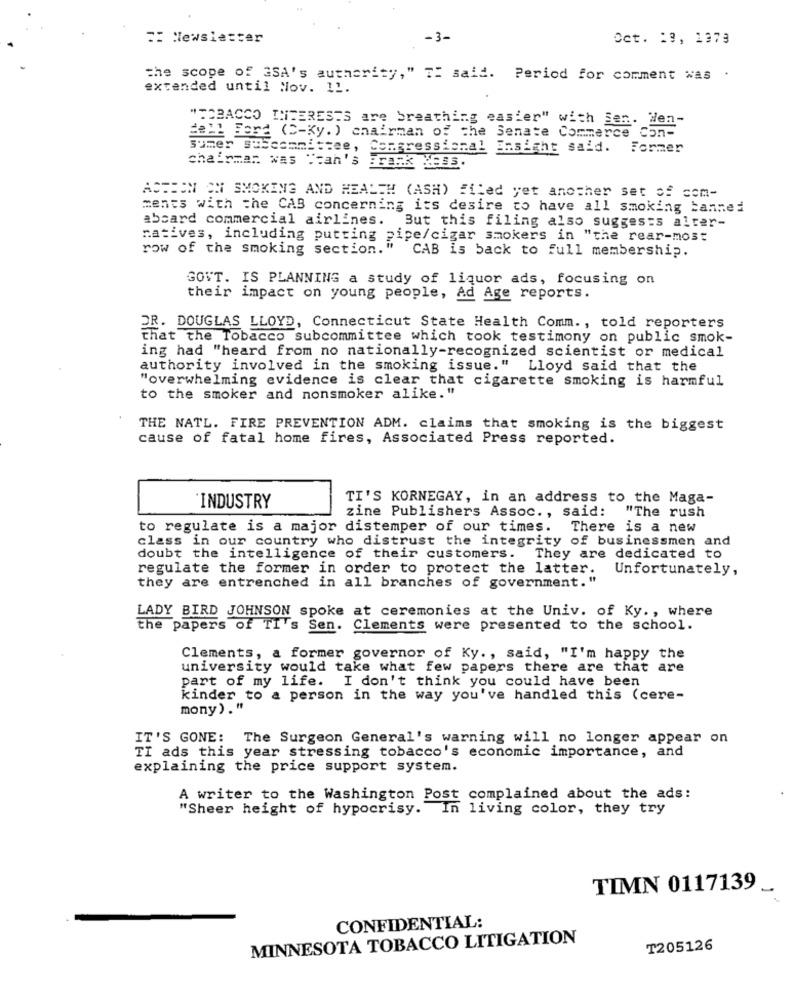
: Newsletter
-3-
Oct. : 3, 1373
the scope of 3SA's authority," TI said. Period for comment was .
extended until Nov. 11.
"TOBACCO INTERESTS are breathing easier" with Sen. den-
del! Berg (C-Ky. ) chairman of the Senate Commerce Con-
sumer subcommittee, Congressional insight said. Former
chairman was "can's
ACTION ON SMOKING AND HEALTH (ASH) filed yet another set of som-
ments with the CAB concerning its desire to have all smoking banned
aboard commercial airlines. But this filing also suggests alter-
natives, including putting pipe/cigar smokers in "the rear-most
row of the smoking section.
CAB is back to full membership.
GOVT. IS PLANNING a study of liquor ads, focusing on
their impact on young people, Ad Age reports.
DR. DOUGLAS LLOYD, Connecticut State Health Comm ., told reporters
that the Tobacco subcommittee which took testimony on public smok-
ing had "heard from no nationally-recognized scientist or medical
authority involved in the smoking issue." Lloyd said that the
"overwhelming evidence is clear that cigarette smoking is harmful
to the smoker and nonsmoker alike."
THE NATL. FIRE PREVENTION ADM. claims that smoking is the biggest
cause of fatal home fires, Associated Press reported.
TI'S KORNEGAY, in an address to the Maga-
INDUSTRY
zine Publishers Assoc ., said:
"The rush
to regulate is a major distemper of our times. There is a new
class in our country who distrust the integrity of businessmen and
doubt the intelligence of their customers. They are dedicated to
regulate the former in order to protect the latter. Unfortunately,
they are entrenched in all branches of government."
LADY BIRD JOHNSON spoke at ceremonies at the Univ. of Ky ., where
the papers of TI's Sen. Clements were presented to the school.
Clements, a former governor of Ky ., said, "I'm happy the
university would take what few papers there are that are
part of my life. I don't think you could have been
kinder to a person in the way you've handled this (cere-
mony ) ."
IT'S GONE: The Surgeon General's warning will no longer appear on
TI ads this year stressing tobacco's economic importance, and
explaining the price support system.
A writer to the Washington Post complained about the ads:
"Sheer height of hypocrisy. In living color, they try
TIMN 0117139 _
CONFIDENTIAL:
MINNESOTA TOBACCO LITIGATION
T205126